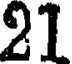
21